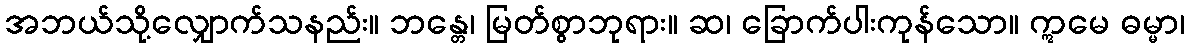
အဘယ်သို့လျှောက်သနည်း။ ဘန္တေ၊ မြတ်စွာဘုရား။ ဆ၊ ခြောက်ပါးကုန်သော။ ဣမေ ဓမ္မာ၊